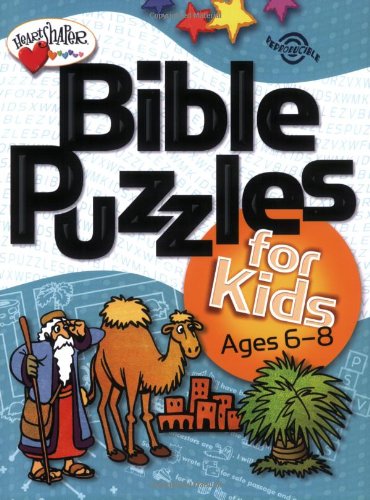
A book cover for Bible Puzzles for Kids (Ages 6-8) (HeartShaperÂ® ResourcesEEElementary); Standard Publishing; Christian Books & Bibles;